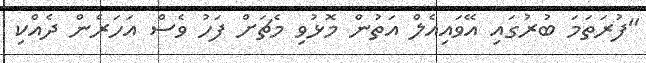
"ފުރަތަމަ ބުރުގައި އޭވައިއެލް އަތުން މޮޅުވި މެޗަށް ފަހު ވެސް އަހަރެން ދެއްކި